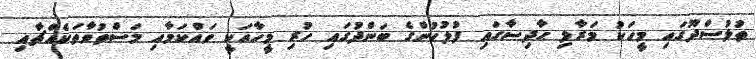
ތުލުސްދޫގައި މީހަކު މަރާލި ޙާދިސާގައި ފުލުހުންގެ ބަންދުގައި ހުރި މީހާއަކީ ވައްކަމާއި މަސްތުވާތަކެއްޗާއި